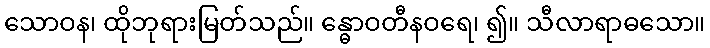
သောဝန၊ ထိုဘုရားမြတ်သည်။ န္ဓောဝတီနဝရေ၊ ၍။ သီလာရာဓသော။